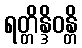
ရတ္တိန္ဒိဝန္တိ